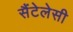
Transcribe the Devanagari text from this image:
सैंटेलेसी